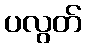
ပလွတ်